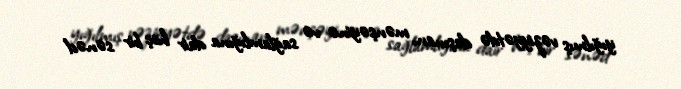
yığılmış vəziyyətdə daşınan, mənşəyinə və sağlamlığına dair heç bir sənəd